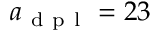
a _ { \mathrm { ~ d ~ p ~ l ~ } } = 2 3